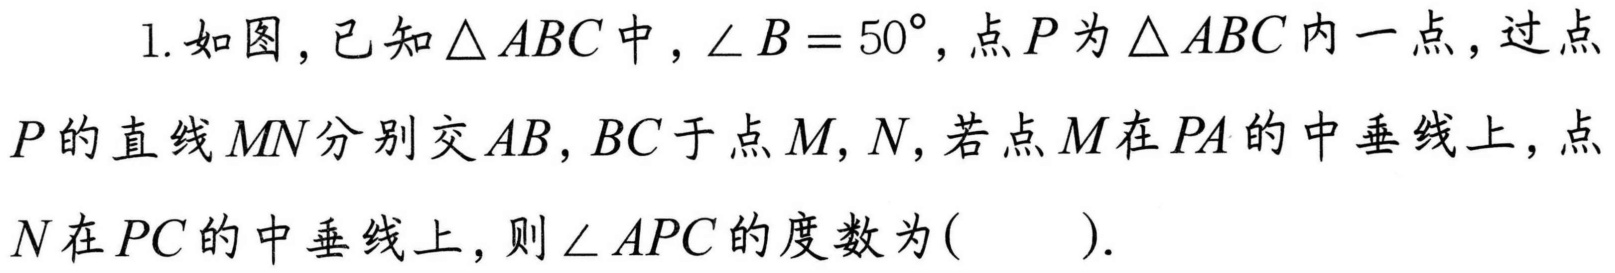
1.如图，已知\(\triangle ABC\)中，\(\angle B = 50^{\circ}\)，点\(P\)为\(\triangle ABC\)内一点，过点\(P\)的直线\(MN\)分别交\(AB,BC\)于点\(M,N\)，若点\(M\)在\(PA\)的中垂线上，点\(N\)在\(PC\)的中垂线上，则\(\angle APC\)的度数为(  ).